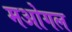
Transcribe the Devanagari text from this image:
मओगल